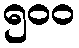
၅၀၀